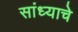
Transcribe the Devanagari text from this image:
सांध्याचे